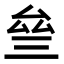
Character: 𠫰